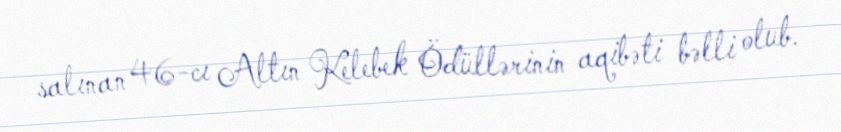
salınan 46-cı Altın Kelebek Ödüllərinin aqibəti bəlli olub.